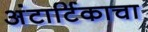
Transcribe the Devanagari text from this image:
अंटार्टिकाचा